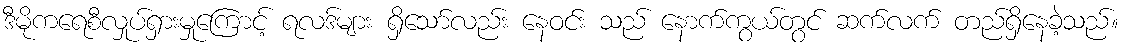
ဒီမိုကရေစီလှုပ်ရှားမှုကြောင့် ရလဒ်များ ရှိသော်လည်း နေဝင်း သည် နောက်ကွယ်တွင် ဆက်လက် တည်ရှိနေခဲ့သည်။